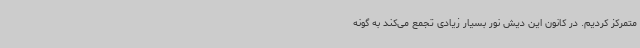
متمرکز کردیم. در کانون این دیش نور بسیار زیادی تجمع می‌کند به گونه